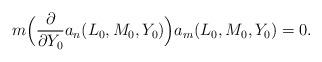
LaTeX: \begin{align*}m\Big(\frac{\partial}{\partial Y_0}a_n(L_0, M_0,Y_0)\Big)a_m(L_0,M_0,Y_0)=0.\end{align*}